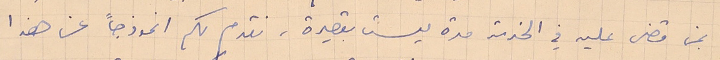
بمن قضى عليه في الخدمة مدة ليست بقصيرة، نقدم لكم انموذجاً عن هذا